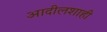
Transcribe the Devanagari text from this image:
आदीलशाही